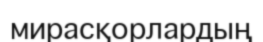
мирасқорлардың